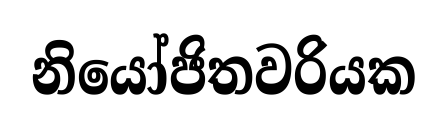
නියෝජිතවරියක